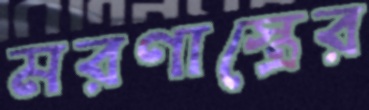
মরণাস্ত্রের